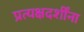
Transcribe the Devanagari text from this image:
प्रत्यक्षदर्शींना